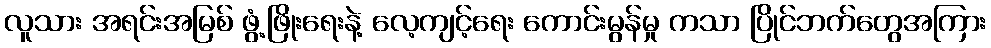
လူသား အရင်းအမြစ် ဖွံ့ဖြိုးရေးနဲ့ လေ့ကျင့်ရေး ကောင်းမွန်မှု ကသာ ပြိုင်ဘက်တွေအကြား